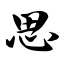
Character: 思